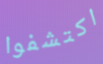
اكتشفوا